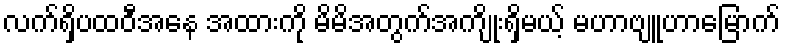
လက်ရှိပထဝီအနေ အထားကို မိမိအတွက်အကျိုးရှိမယ့် မဟာဗျူဟာမြောက်